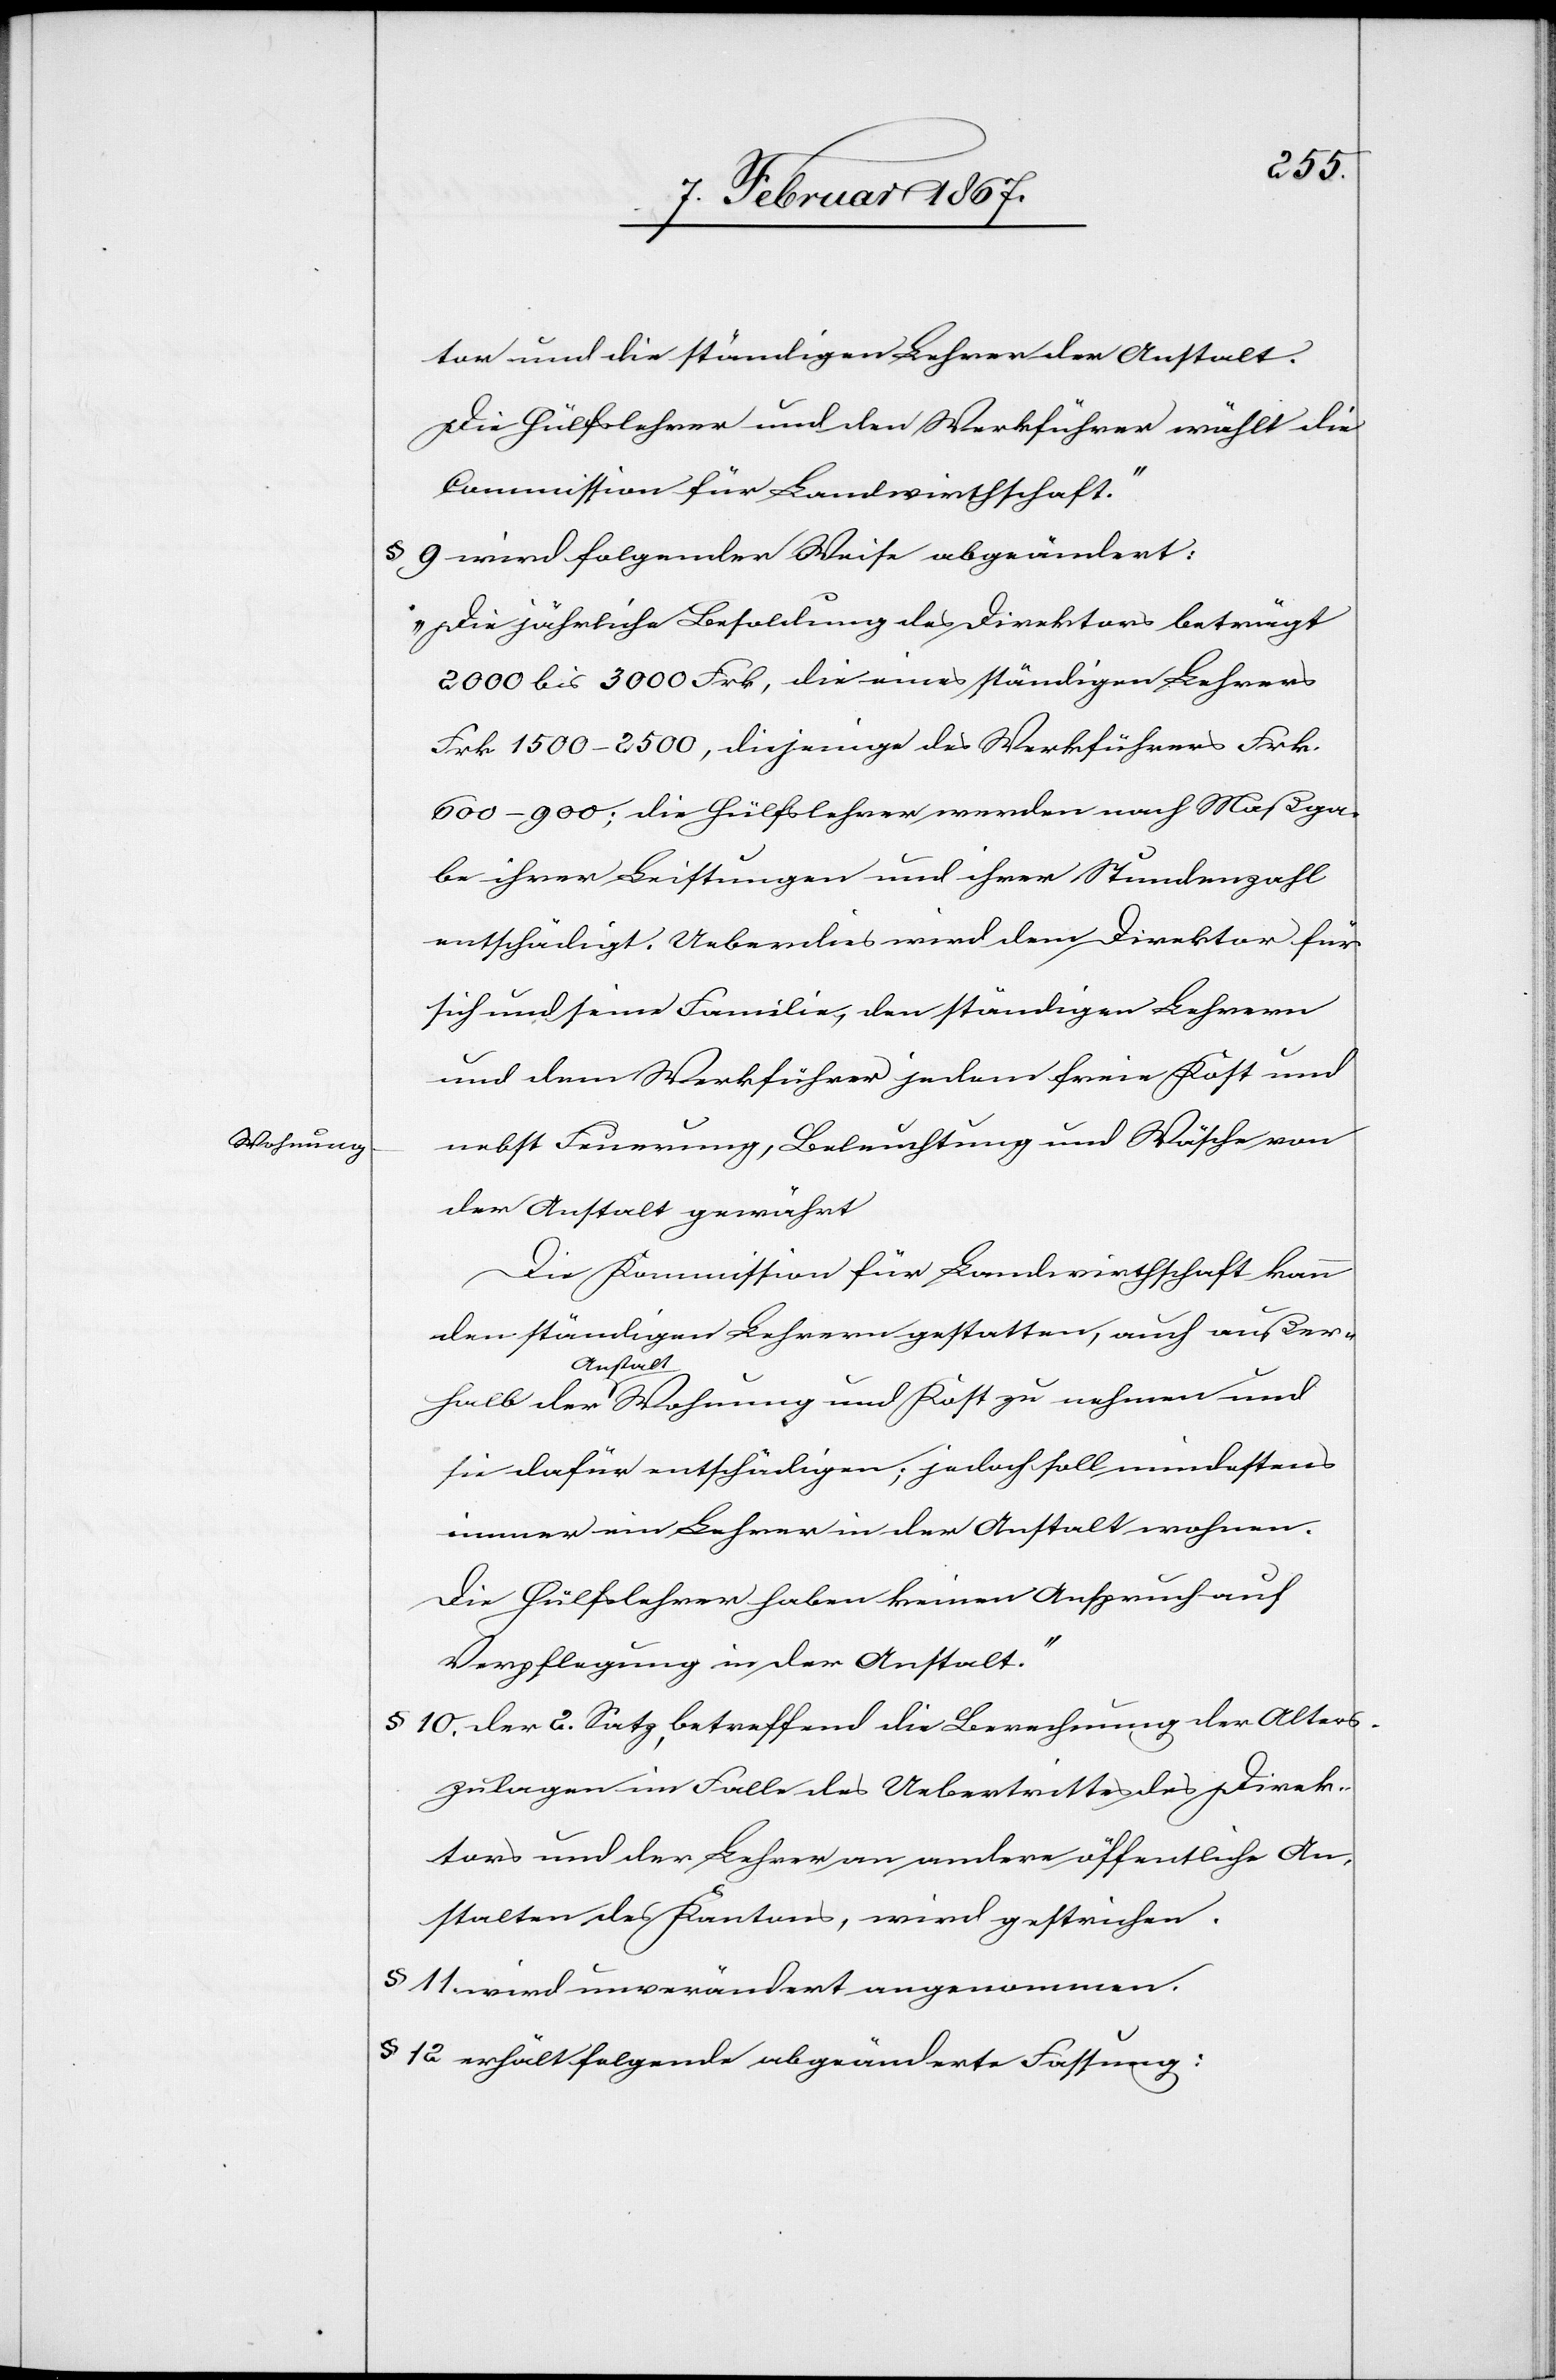
Wohnung

tor und die ständigen Lehrer der Anstalt.
Die Hülfslehrer und den Werkführer wählt die
Commission für Landwirthschaft.“
§ 9 wird folgender Weise abgeändert:
„Die jährliche Besoldung des Direktors beträgt
2000 bis 3000 Frk, die eines ständigen Lehrers
Frk 1500–2500, diejenige des Werkführers Frk.
600–900; die Hülfslehrer werden nach Maßga¬
be ihrer Leistungen und ihrer Stundenzahl
entschädigt. Ueberdies wird dem Direktor für
sich und seine Familie, den ständigen Lehrern
und dem Werkführer jedem freie Kost und
nebst Feuerung, Beleuchtung und Wäsche von
der Anstalt gewährt.
Die Kommission für Landwirthschaft kann
den ständigen Lehrern gestatten, auch außer¬
halb der Anstalt Wohnung und Kost zu nehmen und
sie dafür entschädigen; jedoch soll mindestens
immer ein Lehrer in der Anstalt wohnen.
Die Hülfslehrer haben keinen Anspruch auf
Verpflegung in der Anstalt.“
§ 10, der 2. Satz, betreffend die Berechnung der Alters¬
zulagen im Falle des Uebertrittes des Direk¬
tors und der Lehrer an andere öffentliche An¬
stalten des Kantons, wird gestrichen.
§ 11 wird unverändert angenommen
§ 12 erhält folgende abgeänderte Fassung: